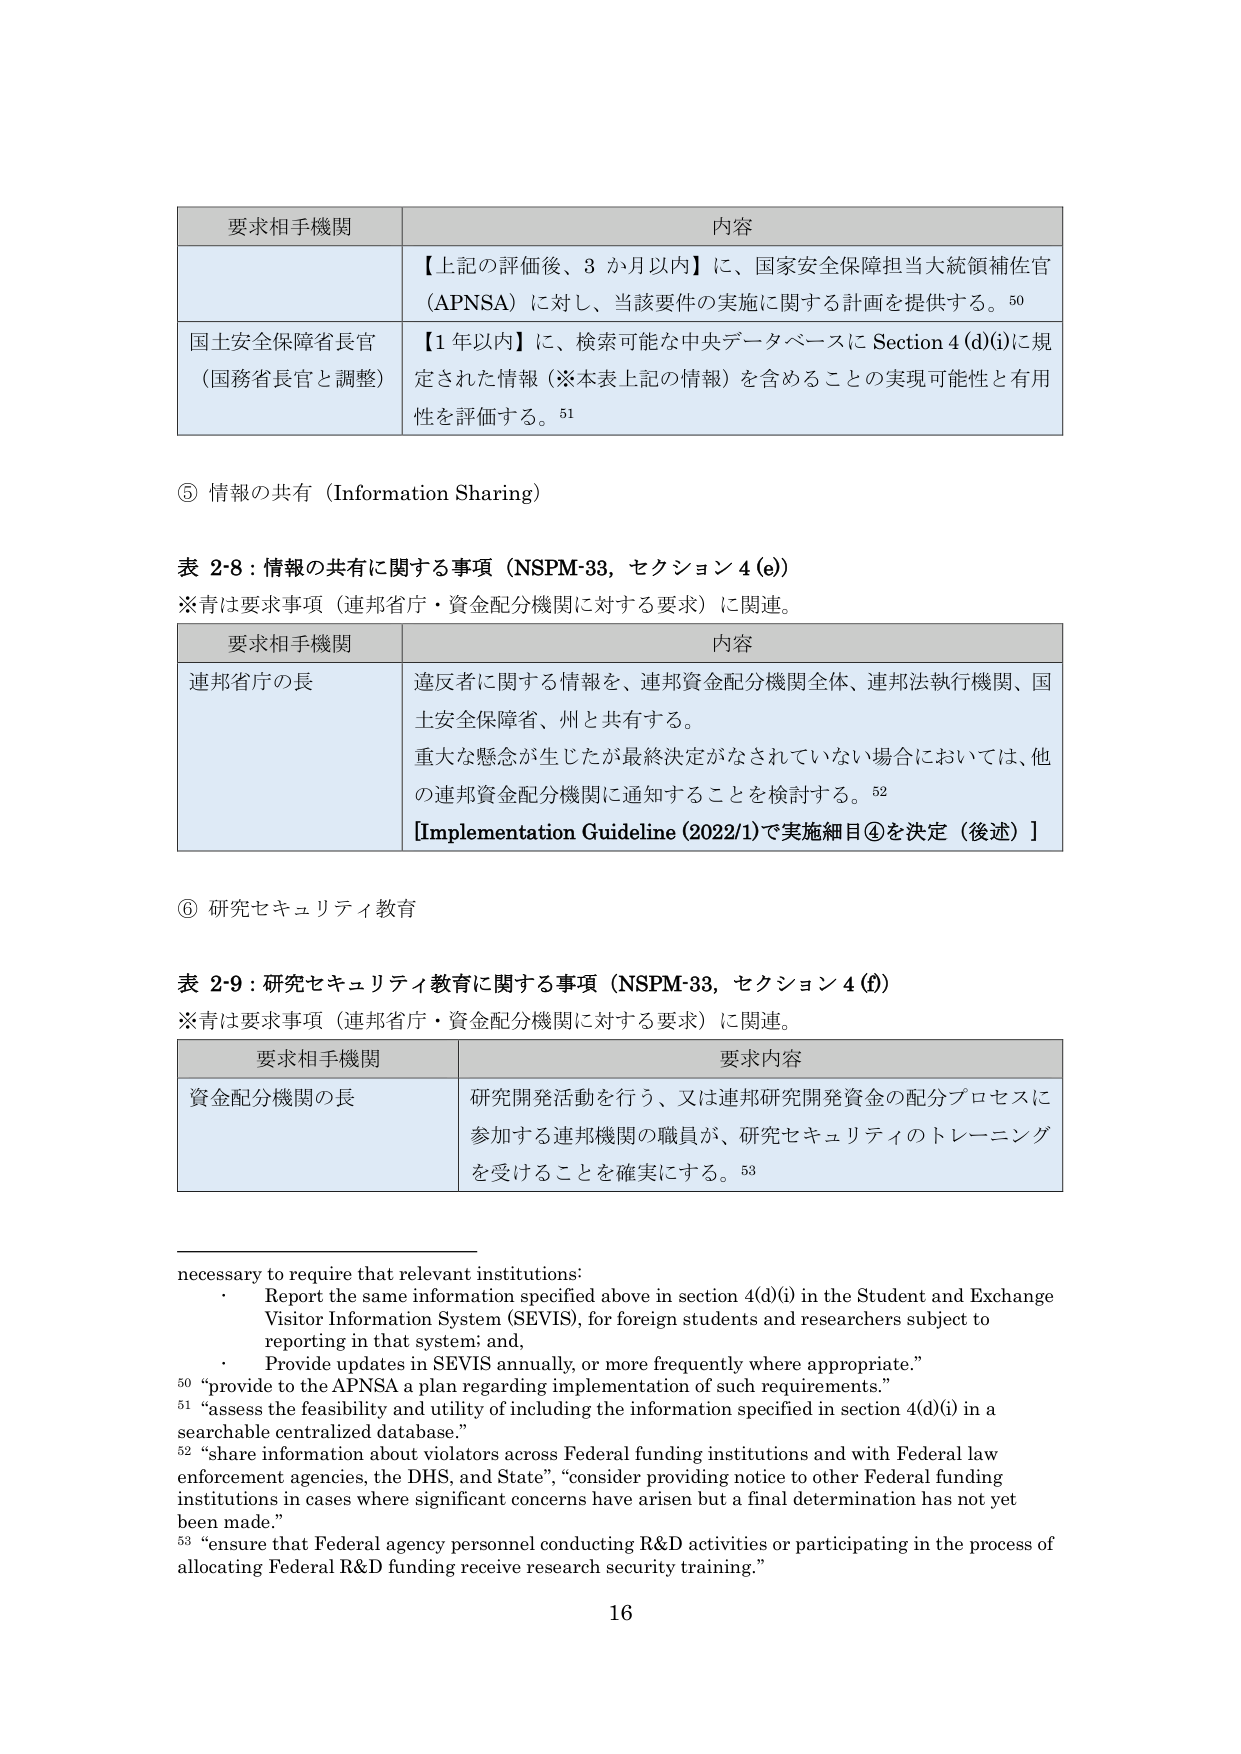
要求相手機関 内容
【上記の評価後、3か月以内】に、国家安全保障担当大統領補佐官（APNSA）に対し、当該要件の実施に関する計画を提供する。⁵⁰
国土安全保障省長官（国務省長官と調整） 【1年以内】に、検索可能な中央データベースにSection 4(d)(i)に規定された情報（※本表上記の情報）を含めることの実現可能性と有用性を評価する。⁵¹

⑤ 情報の共有（Information Sharing）
表 2-8：情報の共有に関する事項（NSPM-33，セクション 4(e)）
※青は要求事項（連邦省庁・資金配分機関に対する要求）に関連。
要求相手機関 内容
連邦省庁の長 違反者に関する情報を、連邦資金配分機関全体、連邦法執行機関、国土安全保障省、州と共有する。
重大な懸念が生じたが最終決定がなされていない場合においては、他の連邦資金配分機関に通知することを検討する。⁵²
[Implementation Guideline (2022/1)で実施細目④を決定（後述）]

⑥ 研究セキュリティ教育
表 2-9：研究セキュリティ教育に関する事項（NSPM-33，セクション 4(f)）
※青は要求事項（連邦省庁・資金配分機関に対する要求）に関連。
要求相手機関 要求内容
資金配分機関の長 研究開発活動を行う、又は連邦研究開発資金の配分プロセスに参加する連邦機関の職員が、研究セキュリティのトレーニングを受けることを確実にする。⁵³

necessary to require that relevant institutions:
・ Report the same information specified above in section 4(d)(i) in the Student and Exchange Visitor Information System (SEVIS), for foreign students and researchers subject to reporting in that system; and,
・ Provide updates in SEVIS annually, or more frequently where appropriate.”
⁵⁰ “provide to the APNSA a plan regarding implementation of such requirements.”
⁵¹ “assess the feasibility and utility of including the information specified in section 4(d)(i) in a searchable centralized database.”
⁵² “share information about violators across Federal funding institutions and with Federal law enforcement agencies, the DHS, and State”; “consider providing notice to other Federal funding institutions in cases where significant concerns have arisen but a final determination has not yet been made.”
⁵³ “ensure that Federal agency personnel conducting R&D activities or participating in the process of allocating Federal R&D funding receive research security training.”
16